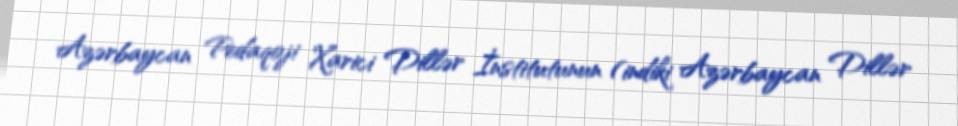
Azərbaycan Pedaqoji Xarici Dillər İnstitutunun (indiki Azərbaycan Dillər